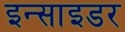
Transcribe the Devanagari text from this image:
इन्साइडर